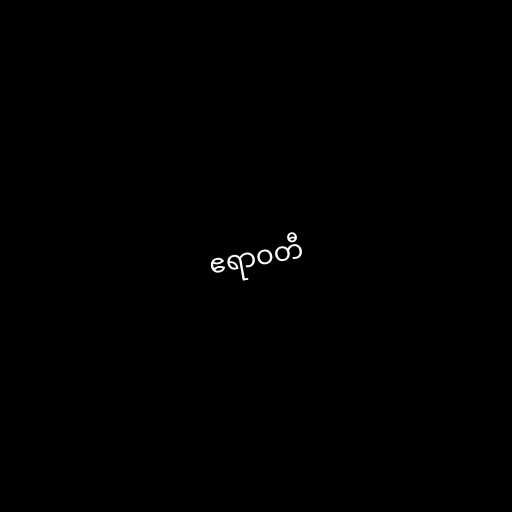
ဧရာဝတီ